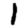
Digit: 1